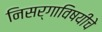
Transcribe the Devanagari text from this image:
निसर्गाविषयीचे